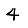
Digit: 4